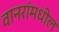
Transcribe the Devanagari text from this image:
वानरांमधील